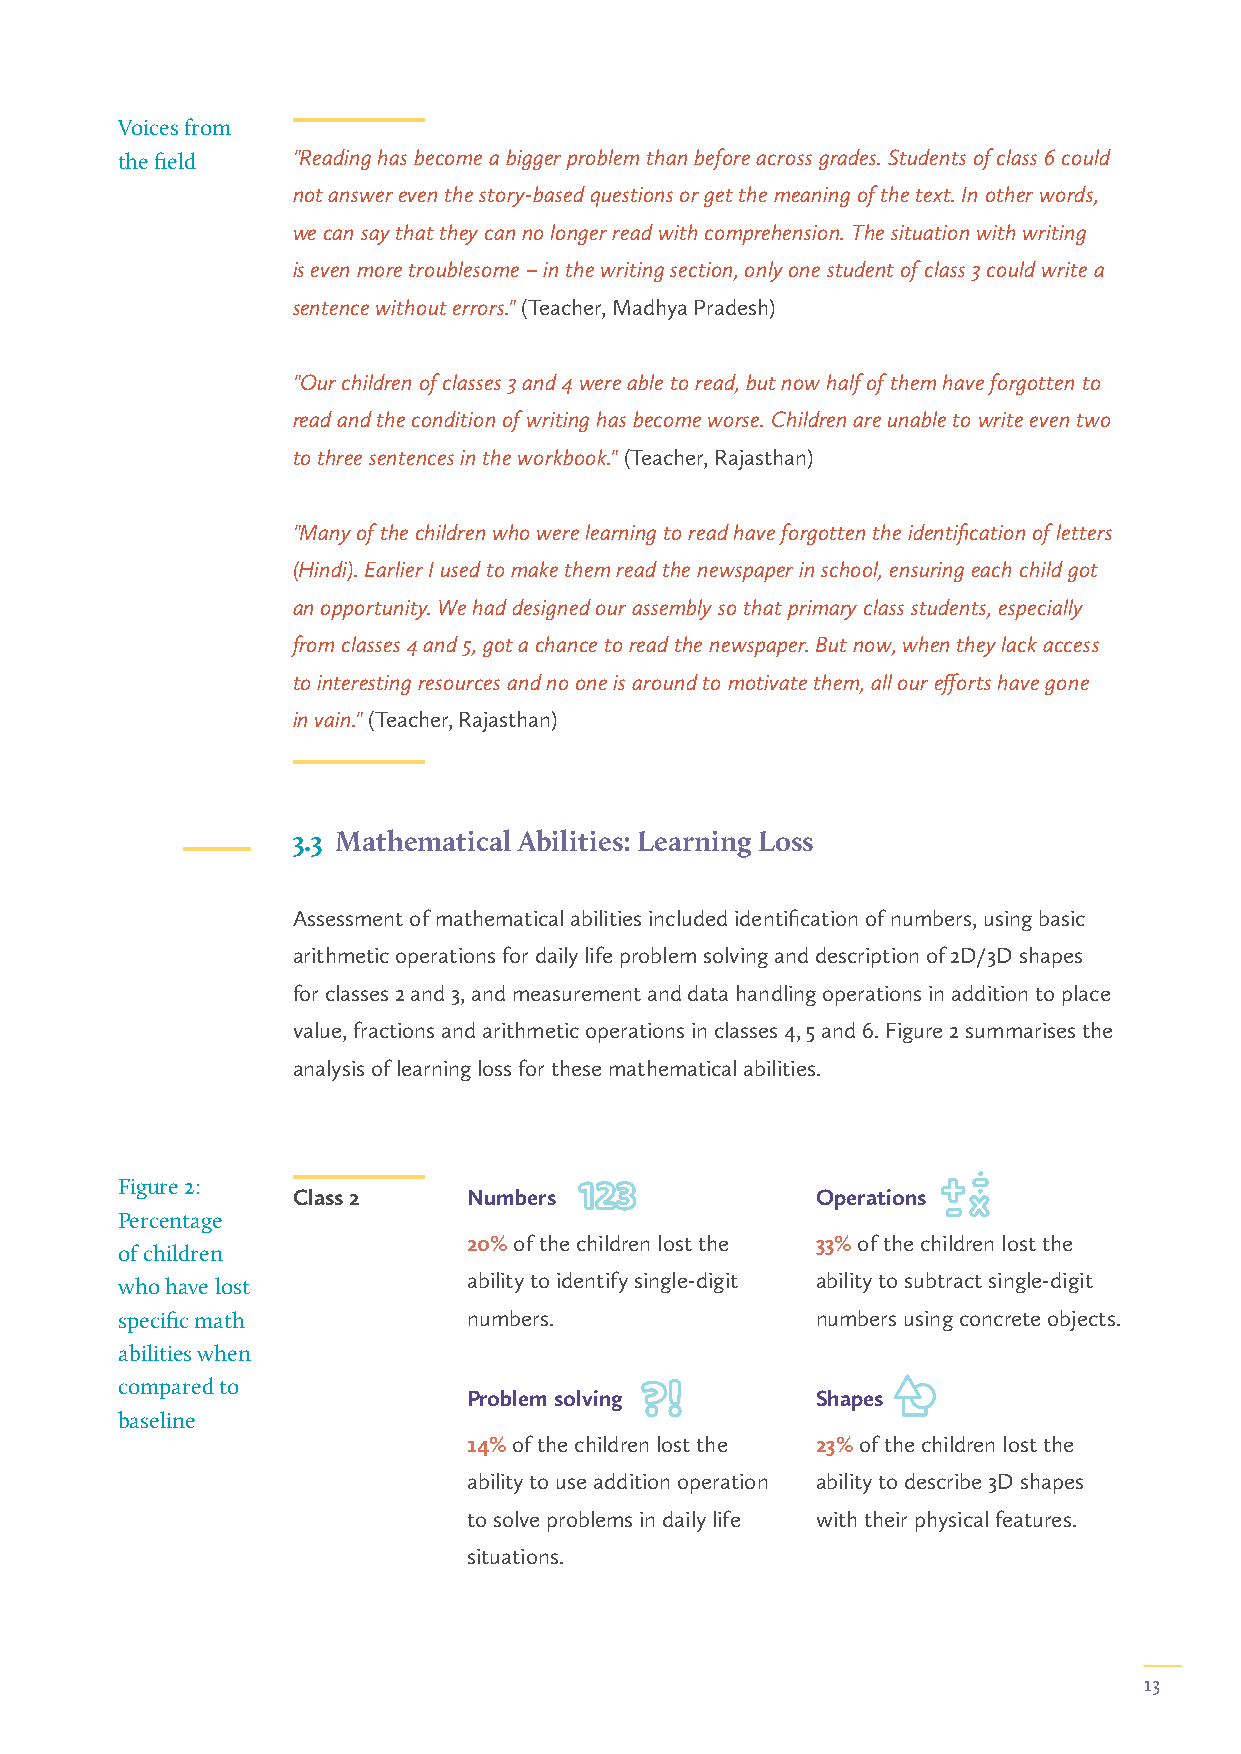
Voices from
 the field  "Reading has become a bigger problem than before across grades. Students of class 6 could
 not answer even the story-based questions or get the meaning of the text. In other words,
 we can say that they can no longer read with comprehension. The situation with writing
 is even more troublesome – in the writing section, only one student of class 3 could write a
 sentence without errors." (Teacher, Madhya Pradesh)
 "Our children of classes 3 and 4 were able to read, but now half of them have forgotten to
 read and the condition of writing has become worse. Children are unable to write even two
 to three sentences in the workbook." (Teacher, Rajasthan)
 "Many of the children who were learning to read have forgotten the identification of letters
 (Hindi). Earlier I used to make them read the newspaper in school, ensuring each child got
 an opportunity. We had designed our assembly so that primary class students, especially
 from classes 4 and 5, got a chance to read the newspaper. But now, when they lack access
 to interesting resources and no one is around to motivate them, all our efforts have gone
 in vain." (Teacher, Rajasthan)
 3.3 Mathematical Abilities: Learning Loss
 Assessment of mathematical abilities included identification of numbers, using basic
 arithmetic operations for daily life problem solving and description of 2D/3D shapes
 for classes 2 and 3, and measurement and data handling operations in addition to place
 value, fractions and arithmetic operations in classes 4, 5 and 6. Figure 2 summarises the
 analysis of learning loss for these mathematical abilities.
 Figure 2:
 Class 2     Numbers                Operations
 Percentage
 20% of the children lost the 33% of the children lost the
 of children
 ability to identify single-digit ability to subtract single-digit
 who have lost
 specific math          numbers.               numbers using concrete objects.
 abilities when
 compared to
 Problem solving        Shapes
 baseline
 14% of the children lost the 23% of the children lost the
 ability to use addition operation ability to describe 3D shapes
 to solve problems in daily life with their physical features.
 situations.
 13